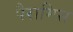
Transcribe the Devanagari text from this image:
पैरामिस